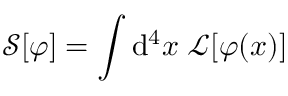
{ \mathcal { S } } [ \varphi ] = \int \mathrm { d } ^ { 4 } x \; { { \mathcal { L } } [ \varphi ( x ) ] \, }